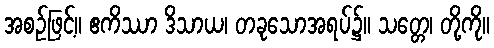
အစဉ်ဖြင့်။ ဧကိဿာ ဒိသာယ၊ တခုသောအရပ်၌။ သတ္တေ၊ တို့ကို။